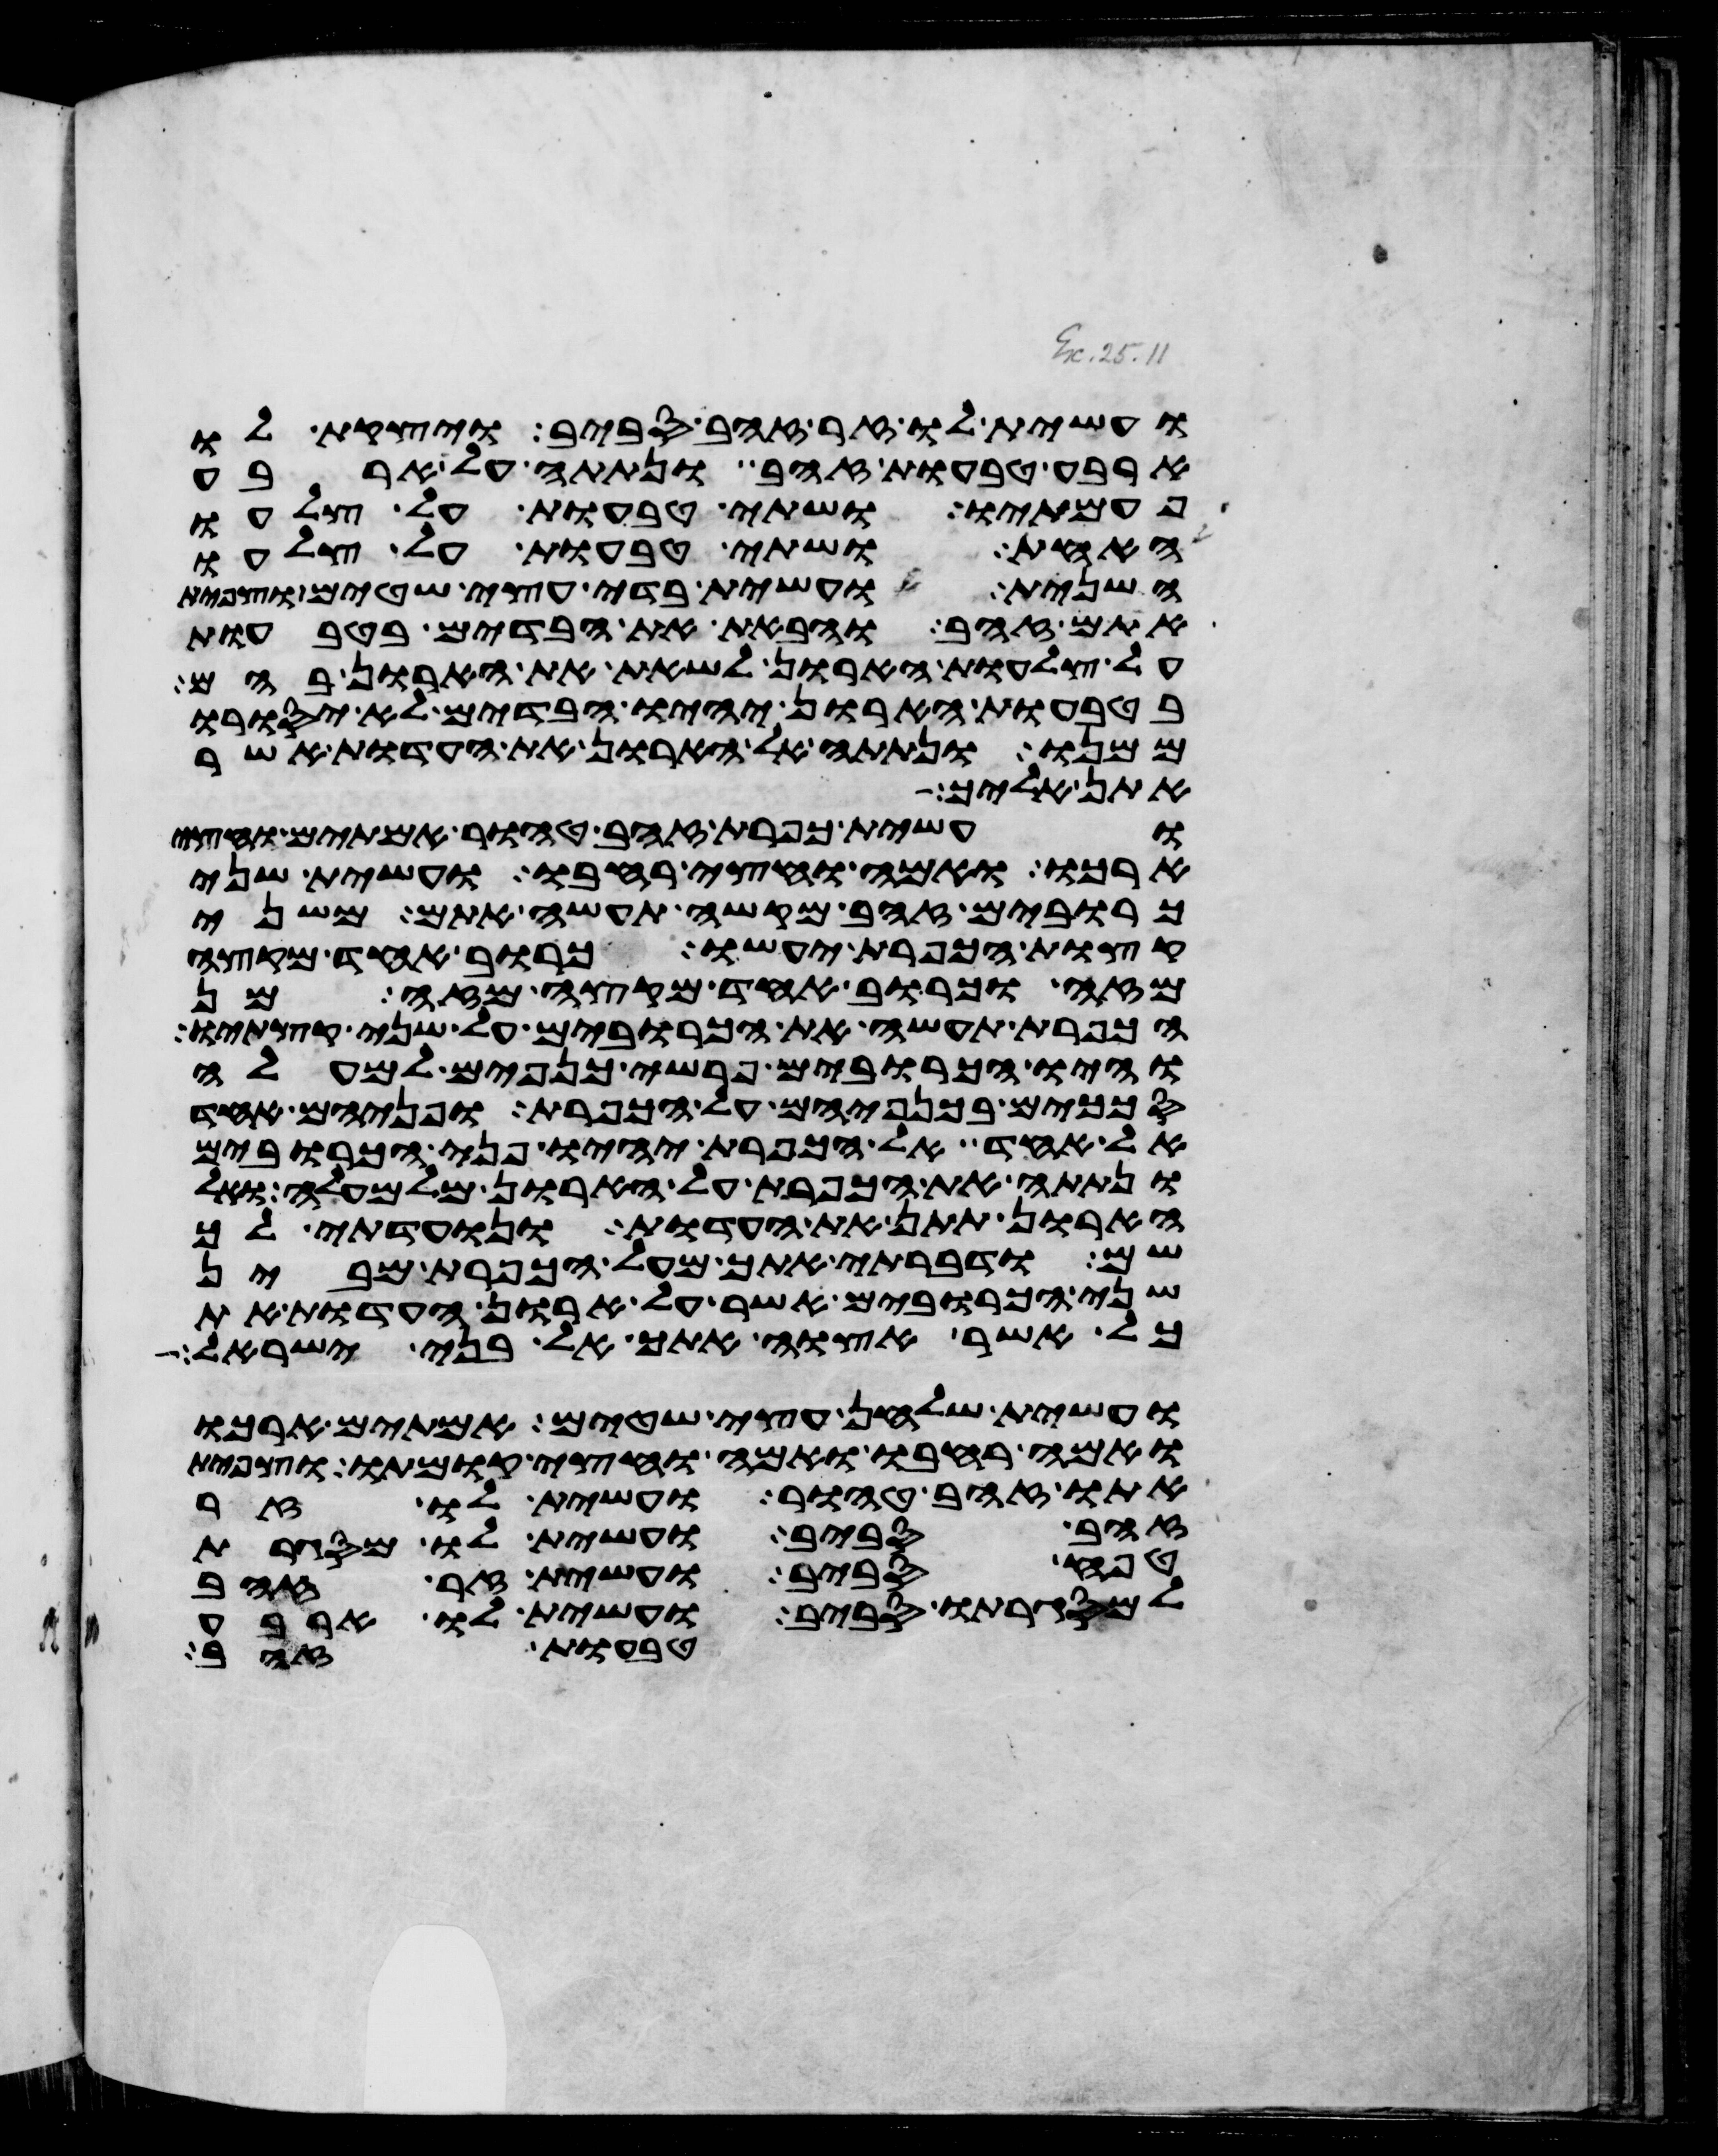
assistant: ועשית לו זר זהב סביב ויצקת לו
ארבע טבעות זהב ונתתה על ארבע
פעמתיו ושתי טבעות על צלעו
האחד ושתי טבעות על צלעו
השני ועשית בדי עצי שטים וצפית
אתם זהב והבאת את הבדים בטבעות
על צלעות הארון לשאת את הארון בהם
בטבעות הארון יהיו הבדים לא יסורו
ממנו ונתתה אל הארון את העדות אשר
אתן אליך
ועשית כפרת זהב טהור אמתים וחצי
ארכו ואמה וחצי רחבו ועשית שני
כרובים זהב מקשה תעשה אתם משני
קצות הכפרת יעשו כרוב אחד מקצה
מזה וכרוב אחד מקצה מזה מן
הכפרת תעשה את הכרובים על שני קצתיו
והיו הכרובים פרשי כנפים למעלה
סככים בכנפיהם על הכפרת ופניהם אחד
אל אחד אל הכפרת יהיו פני הכרובים
ונתתה את הכפרת על הארון מלמעלה ואל
הארון תתן את העדות ונועדתי לך
שם ודברתי אתך מעל הכפרת מבין
שני הכרובים אשר על ארון העדות את
כל אשר אצוה אתך אל בני ישראל
ועשית שלחן עצי שטים אמתים ארכו
ואמה רחבו ואמה וחצי קומתו וצפית
אתו זהב טהור ועשית לו זר
זהב סביב ועשית לו מסגרת
טפח סביב ועשית זר זהב
למסגרתו סביב ועשית לו ארבע
טבעות זהב